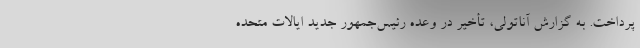
پرداخت. به گزارش آناتولی، تأخیر در وعده رئیس‌جمهور جدید ایالات متحده